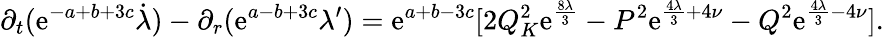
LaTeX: \partial_{t}(\mathrm{e}^{-a+b+3c}\dot{{\lambda}})-\partial_{r}(\mathrm{e}^{a-b+3c}\lambda^{\prime})=\mathrm{e}^{a+b-3c}[2Q_{K}^{2}\mathrm{e}^{\frac{{8\lambda}}{{3}}}-P^{2}\mathrm{e}^{\frac{{4\lambda}}{{3}}+4\nu}-Q^{2}\mathrm{e}^{\frac{{4\lambda}}{{3}}-4\nu}].